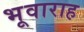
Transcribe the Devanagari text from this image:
भूवाराह